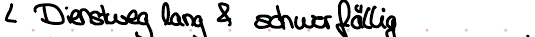
Dienstweg lang & schwerfällig